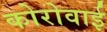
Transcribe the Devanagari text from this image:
कोरोवाई